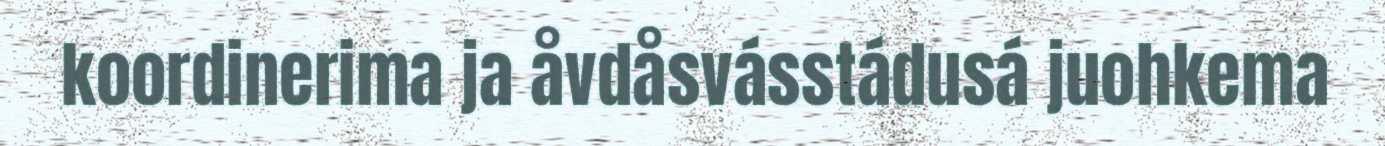
koordinerima ja åvdåsvásstádusá juohkema